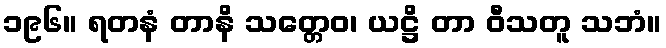
၁၉၆။ ရတနံ တာနိ သတ္တေဝ၊ ယဋ္ဌိ တာ ဝီသတူ သဘံ။